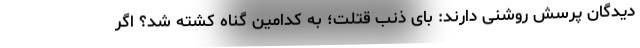
دیدگان پرسش روشنی دارند: باَیّ ذنب قتلت؛ به کدامین گناه کشته شد؟ اگر